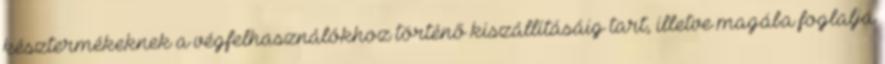
késztermékeknek a végfelhasználókhoz történő kiszállításáig tart, illetve magába foglalja